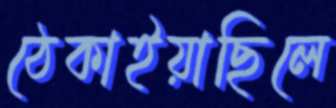
ঠেকাইয়াছিলে